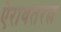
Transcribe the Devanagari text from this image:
ऐरावतरत्न